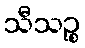
သီသဉ္စ